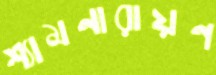
শ্যামনারায়ণ